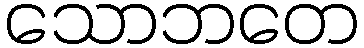
သောဘတေ